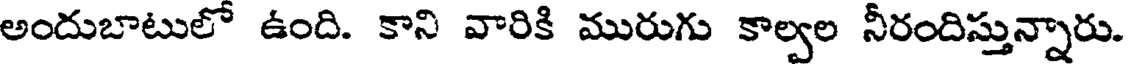
అందుబాటులో ఉంది. కాని వారికి మురుగు కాల్వల నీరందిస్తున్నారు.